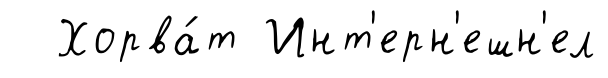
Хорва́т Инт'ерн'ешн'ел